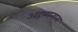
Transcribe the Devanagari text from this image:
अहम्मन्यता